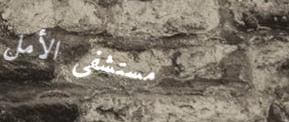
مستشفى الأمل